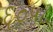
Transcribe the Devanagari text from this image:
६०५८